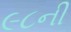
૯૮ની